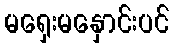
မရှေးမနှောင်းပင်